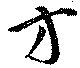
方